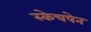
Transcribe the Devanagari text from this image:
स्केचपेन